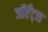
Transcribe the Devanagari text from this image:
जॉएँट्स